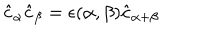
LaTeX: \hat { c } _ { \alpha } \hat { c } _ { \beta } = \epsilon ( \alpha , \beta ) \hat { c } _ { \alpha + \beta }